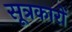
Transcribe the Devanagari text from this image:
सूत्रकारों